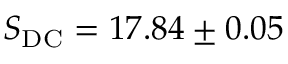
S _ { \mathrm { D C } } = 1 7 . 8 4 \pm 0 . 0 5